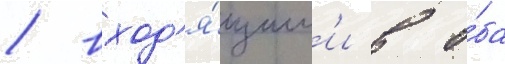
/ вход'я́щим'и в о́ба